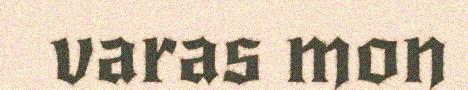
varas mon